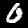
Digit: 0